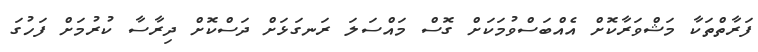
ފަރާތްތަކާ މަޝްވަރާކޮށް އެއްބަސްވުމަކަށް ގޮސް މައްސަލަ ރަނގަޅަށް ދަސްކޮށް ދިރާސާ ކުރުމަށް ފަހުގަ